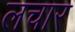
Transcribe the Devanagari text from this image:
लचार